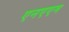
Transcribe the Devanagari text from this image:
एनएएम